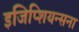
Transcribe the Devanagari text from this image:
इजिप्शियन्सना